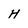
Character: H